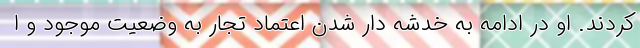
کردند. او در ادامه به خدشه دار شدن اعتماد تجار به وضعیت موجود و ا